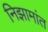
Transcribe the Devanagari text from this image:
निझामांत